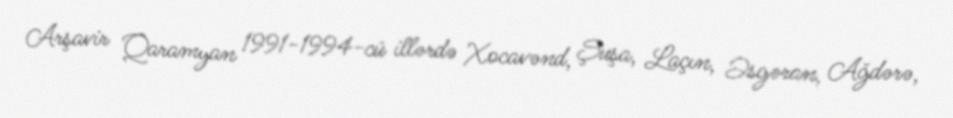
Arşavir Qaramyan 1991-1994-cü illərdə Xocavənd, Şuşa, Laçın, Əsgəran, Ağdərə,